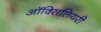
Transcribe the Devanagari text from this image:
ऑक्सिलियरी